Annual administration report of the Civil Veterinary Department, Ajmere-Merwara, British Rajputana - 1914-1940
Year: 1914
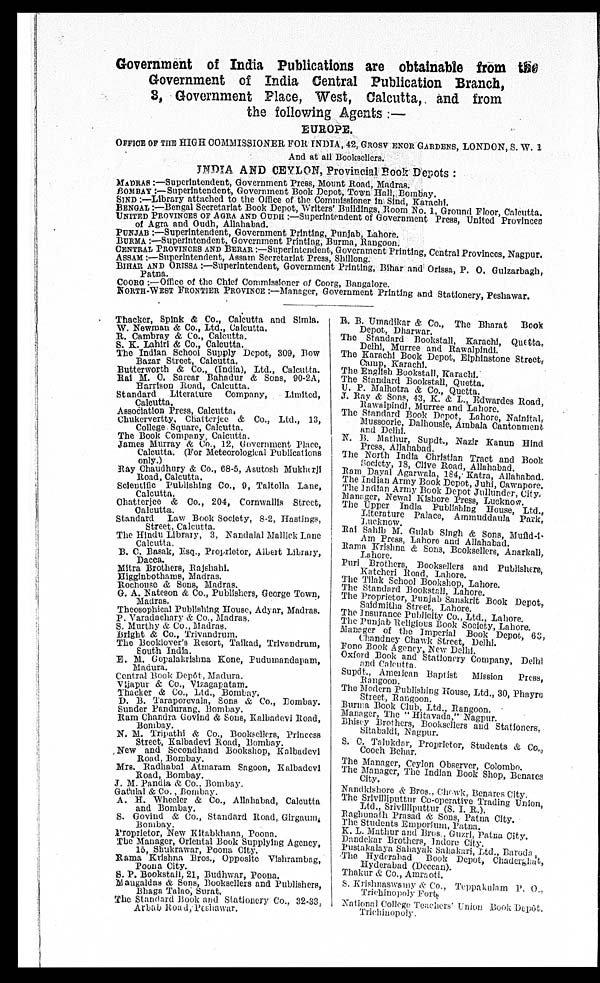
Government of India Publications are obtainable from the
Government of India Central Publication Branch,
3, Government Place, West, Calcutta, and from
the following Agents :—
EUROPE.
OFFICE OF THE HIGH COMMISSIONER FOR INDIA, 42, GROSSV ENOR GARDENS, LONDON, S. W. 1
And at all Booksellers.
INDIA AND CEYLON, Provincial Book Depots :
MADRAS :—Superintendent, Government Press, Mount Road, Madras.
BOMBAY:—Superintendent, Government Book Depot, Town Hall Bombay.
SIND :—Library attached to the Office of the Commissioner in Sind Karachi.
BENGAL :—Bengal Secretariat Book Depot, Writers' Buildings. Room Mo. 1, Ground Floor Calcutta.
UNITED PROVINES OF AGRA AND OUDH:—Superintendent of Government Press, United Provinces
of Agra and Oudh, Allahabad.
PUNJAB :—Superintendent, Government Printing, Punjab, Lahore
BURMA :—Superintendent, Government Printing, Burma, Rangoon.
CENTRAL PROVINCES AND BERAR :—Superintendent, Government Printing, Central Provinces Nagpur.
ASSAM :—Superintendent, Assam Secretariat Press,
Shillong.
BIHAR AND ORISA :—Superintendent, Government Printing, Bihar and Orissa, P. O. Gulzarbagh,
COORG :—Office of the Chief Commissioner of Coorg, Bangalore
NORTH-WEST FRONTIER PROVINCE :—Manager, Government Printing and Stationery, Peshawar.
Thacker, Spink & Co., Calcutta and Simla.
W. Newman & Co., Ltd., Calcutta.
R. Cambray & Co., Calcutta.
S. K. Lahiri & Co., Calcutta.
The Indian School Supply Depot, 309, Bow
Bazar Street, Calcutta.
Butterworth & Co., (India), Ltd., Calcutta.
Rai M. C. Sarcar Bahadur & Sons, 90-2A,
Harrison Road, Calcutta.
Standard
Literature
Company,
Limited,
Calcutta.
Association Press, Calcutta,
Chukervertty, Chatterjee & Co., Ltd., 13,
College Square, Calcutta.
The Book Company, Calcutta.
James Murray & Co., 12, Government Place,
Calcutta. (For Meteorological Publications
only.)
Ray Chaudhury & Co., 68-5, Asutosh Mukharji
Road, Calcutta.
Scientific Publishing Co., 9, Taltolla Lane,
Calcutta.
Chatterjee & Co., 204, Cornwallis Street,
Calcutta.
Standard Law Book Society, 8-2, Hastings,
Street, Calcutta.
The Hindu Library, 3, Nandalal Mallick Lane
Calcutta.
B. C. Basak, Esq., Proprietor, Albert Library,
Dacca.
Mitra Brothers, Rajshahi.
Higginbothams, Madras.
Rochouse & Sons, Madras.
G. A. Nateson & Co., Publishers, George Town,
Madras.
Theosophical Publishing House, Adyar, Madras.
P. Varadachary & Co., Madras.
S. Murthy & Co., Madras.
Bright & Co., Trivandrum.
The Booklover's Resort, Taikad, Trivandrum,
South India.
E. M. Gopalakrishna Kone, Pudumandapam,
Madura.
Central Book Depôt, Madura.
Vijapur & Co., Vizagapatam.
Thacker & Co., Ltd., Bombay.
D. B. Taraporevala, Sons & Co., Bombay.
Sunder Pandurang, Bombay.
Ram Chandra Govind & Sons, Kalbadevi Road,
Bombay.
N. M. Tripathi & Co., Booksellers, Princess
Street, Kalbadevi Road, Bombay.
New and Secondhand Bookshop, Kalbadevi
Road, Bombay.
Mrs. Radhabai Atmaram Sagoon, Kalbadevi
Road, Bombay.
J. M. Pandia & Co., Bombay.
Gatulal & Co., Bombay.
A. H. Wheeler & Co., Allahabad, Calcutta
and Bombay.
S. Govind & Co., Standard Road, Girgaum.
Bombay.
Proprietor, New Kitabkhana, Poona.
The Manager, Oriental Book Supplying Agency,
15, Shukrawar, Poona City.
Rama Krishna Bros., Opposite Vishrambag,
Poona City.
S. P. Bookstall, 21, Budhwar, Poona.
Mangaldas & Sons, Booksellers and Publishers,
Bhaga Talao, Surat.
The Standard Book and Stationery Co., 32-33.
Arbab Road, Peshawar.
R. B. Umadikar & Co., The Bharat
Book
Depot, Dharwar.
The Standard Bookstall, Karachi,
Quetta,
Delhi, Murree and Rawalpindi.
The Karachi Book Depot, Elphinstone Streets
Camp, Karachi.
The English Bookstall, Karachi.
The Standard Bookstall, Quetta.
U. P. Malhotra & Co., Quetta.
J. Ray & Sons, 43, K. & L., Edwardes Road,
Rawalpindi, Murree and Lahore.
The Standard Book Depot, Lahore, Nainital.
Mussoorie, Dalhousie, Ambala Cantonment
and Delhi.
N. B. Mathur, Supdt., Nazir Kanun Hind
Press. Allahabad.
The North India Christian Tract and Book
Society, 18, Clive Road, Allahabad.
Ram Dayal Agarwala, 184, Katra, Allahabad.
The Indian Army Book Depot, Juhi, Cawnpore.
The Indian Army Book Depot Jullunder, City.
Manager, Newal Kishore Press, Lucknow.
The Upper India Publishing House, Ltd.,
Literature Palace, Ammuddaula Park,
Lucknow.
Rai Sahib M. Gulab Singh & Sons, Mufid-i-
Am Press, Lahore and Allahabad.
Rama Krishna & Sons, Booksellers, Anarkali,
Lahore.
Puri Brothers, Booksellers and Publishers,
Katcheri Road, Lahore.
The Tilak School Bookshop, Lahore.
The Standard Bookstall, Lahore.
The Proprietor, Punjab Sanskrit Book Depot,
Saidmitha Street, Lahore.
The Insurance Publicity Co., Ltd., Lahore.
The Punjab Religious Book Society, Lahore.
Manager of the Imperial Book Depot, 63,
Chandney Chawk Street, Delhi.
Fono Book & Agency, New Delhi.
Oxford Book and Stationery Company, Delhi
and Calcutta.
Supdt., American Baptist
Mission
Press,
Rangoon.
The Modern Publishing House, Ltd., 30, Phayre
Street, Rangoon.
Burma Book Club, Ltd., Rangoon.
Manager, The "Hitavada," Nagpur.
Bhisey Brothers, Booksellers and Stationers,
Sitabaldi, Nagpur.
S. C. Talukdar, Proprietor, Students & Co.,
Cooch Behar.
The Manager, Ceylon Observer, Colombo.
The Manager, The Indian Book Shop, Benares
City.
Nandkishore & Bros., Chowk, Benares City.
The Srivilliputtur Co-operative Trading Union,
Ltd., Srivilliputtur (S. I. R.).
Raghunath Prasad & Sons, Patna City.
The Students Emporium, Patna.
K. L. Mathur and Bros., Guzri, Patna City.
Dandekar Brothers, Indore City.
Pustakalaya Sahayak Sahakari, Ltd., Baroda.
The Hyderabad
Book Depot, Chaderghat,
Hyderabad (Deccan).
Thakur & Co., Amraoti.
S. Krishnaswamy & Co., Teppakulam P. O.,
Trichinopoly Forfs.
National College Teachers' Union Book Depôt.
Trichinopoly.